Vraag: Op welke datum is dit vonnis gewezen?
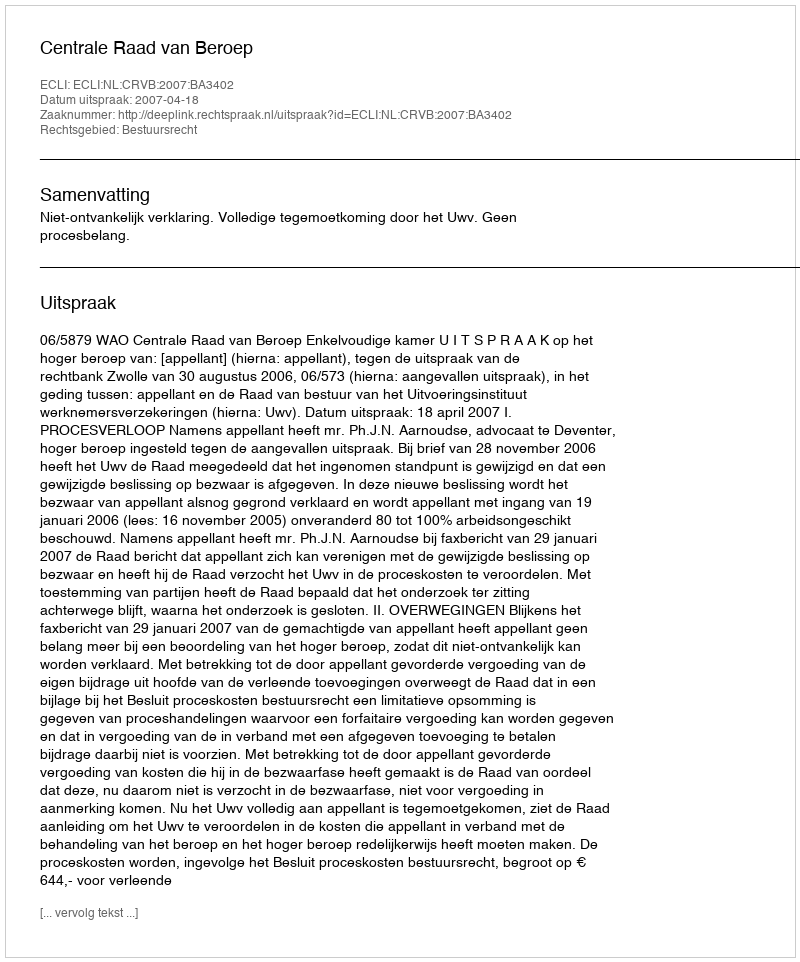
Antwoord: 2007-04-18